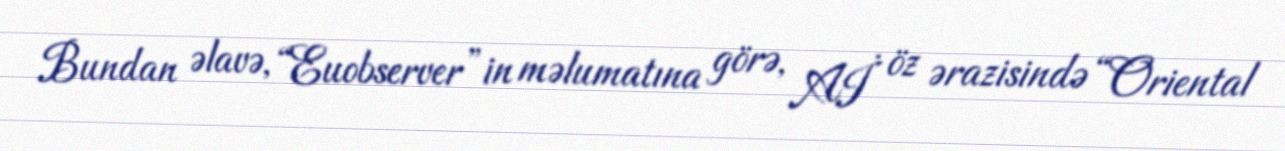
Bundan əlavə, “Euobserver”in məlumatına görə, Aİ öz ərazisində “Oriental